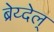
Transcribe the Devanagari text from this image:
ब्रेय्देल्